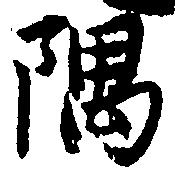
隅